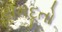
યમદૂતો